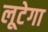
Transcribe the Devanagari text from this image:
लूटेगा